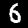
Digit: 6